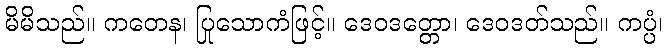
မိမိသည်။ ကတေန၊ ပြုသောကံဖြင့်။ ဒေဝဒတ္တော၊ ဒေဝဒတ်သည်။ ကပ္ပံ၊